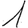
Digit: 1